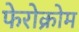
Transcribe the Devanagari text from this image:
फेरोक्रोम